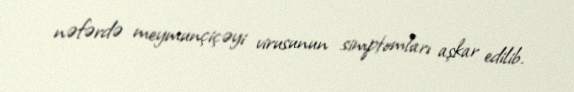
nəfərdə meymunçiçəyi virusunun simptomları aşkar edilib.